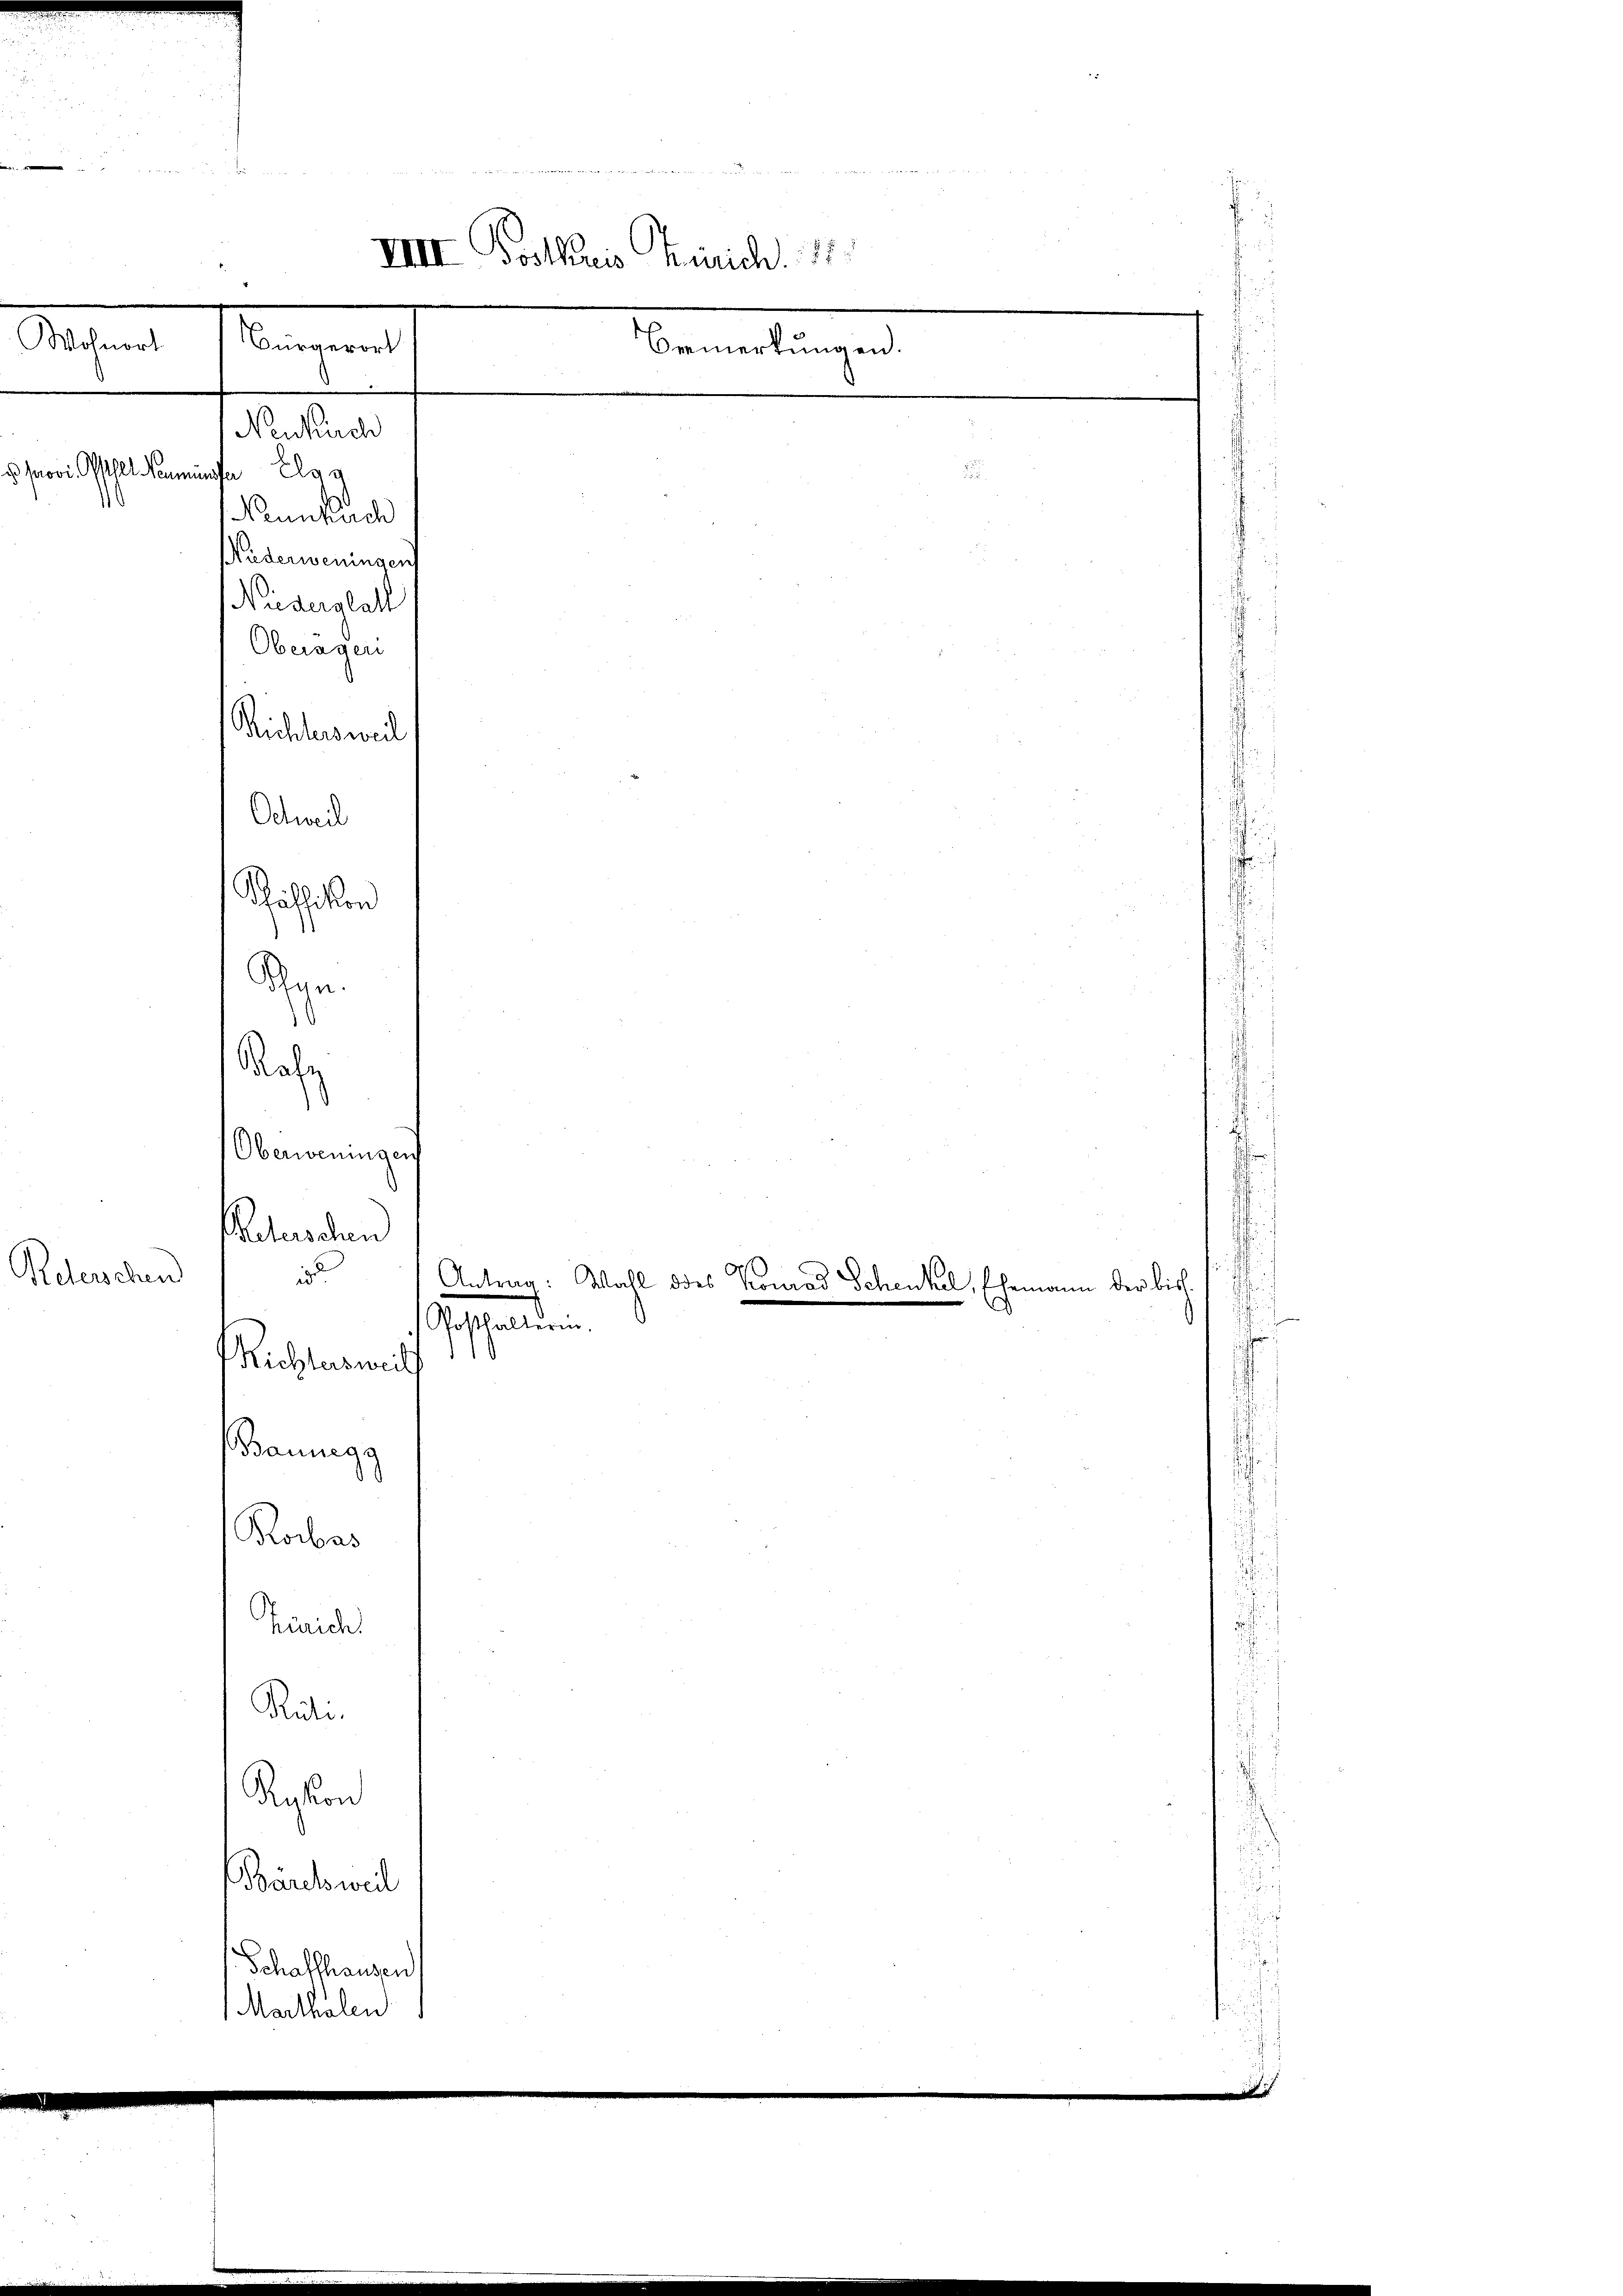
d
B

VIII Postkreis Zürich.
Wohnort
Bürgerort
Bemerkungen.
Nenkuch

Reterschen

d Jos. Gstalt eine Elgg
Nennkuch
Wieserweningen
Niederglatt
Oberagen

Richtersweil
Ochweil
Chäffikon
han.
d
Rafz

i

Oberweningen
Reterschen

Os
a
Antrag: Wahl des Konrad Schenkel, Ehemann der bish
.
Posthalterin.
Pichleswil

Baunegg
Rorbas
Zürich
Rüte.
Rasion
Bändeweil
Schaffhausen
Marthalen

i
e
.